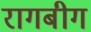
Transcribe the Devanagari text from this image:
रागबीग